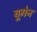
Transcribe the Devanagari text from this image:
यूगेन